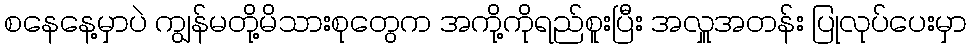
စနေနေ့မှာပဲ ကျွန်မတို့မိသားစုတွေက အကို့ကိုရည်စူးပြီး အလှူအတန်း ပြုလုပ်ပေးမှာ